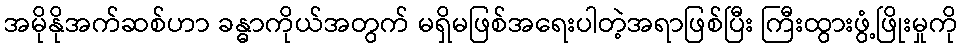
အမိုနိုအက်ဆစ်ဟာ ခန္ဓာကိုယ်အတွက် မရှိမဖြစ်အရေးပါတဲ့အရာဖြစ်ပြီး ကြီးထွားဖွံ့ဖြိုးမှုကို